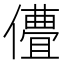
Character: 𬿽